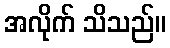
အလိုက် သိသည်။